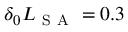
\delta _ { 0 } L _ { \mathrm { ~ S ~ A ~ } } = 0 . 3